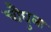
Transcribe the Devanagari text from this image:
चौघुला